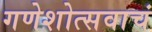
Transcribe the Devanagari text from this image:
गणेशोत्सवाचं